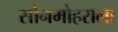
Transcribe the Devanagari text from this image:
सोनमोहराला